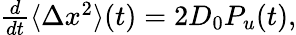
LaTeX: \begin{array}{r}{\frac{d}{dt}\langle\Delta x^{2}\rangle(t)=2D_{0}P_{u}(t),}\end{array}